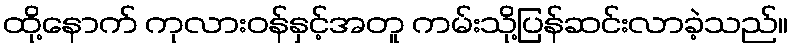
ထို့နောက် ကုလားဝန်နှင့်အတူ ကမ်းသို့ပြန်ဆင်းလာခဲ့သည်။